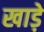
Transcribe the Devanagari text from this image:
खाड़े